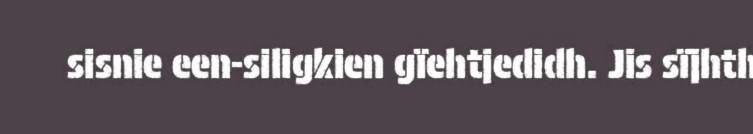
sisnie een-siligkien gïehtjedidh. Jis sïjhth